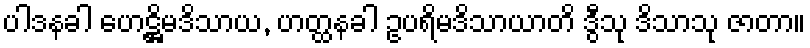
ပါဒနခါ ဟေဋ္ဌိမဒိသာယ, ဟတ္ထနခါ ဥပရိမဒိသာယာတိ ဒွီသု ဒိသာသု ဇာတာ။